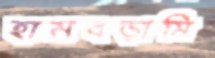
হামবড়ামি